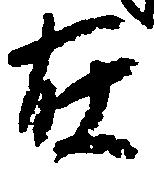
在